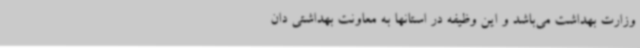
وزارت بهداشت می‌باشد و این وظیفه در استانها به معاونت بهداشتی دان